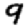
Digit: 9